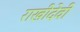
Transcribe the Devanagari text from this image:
राखीदेवी